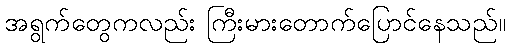
အရွက်တွေကလည်း ကြီးမားတောက်ပြောင်နေသည်။